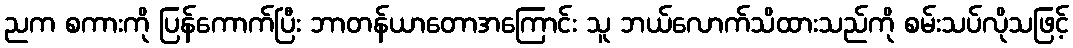
ညက စကားကို ပြန်ကောက်ပြီး ဘာတန်ယာတောအကြောင်း သူ ဘယ်လောက်သိထားသည်ကို စမ်းသပ်လိုသဖြင့်